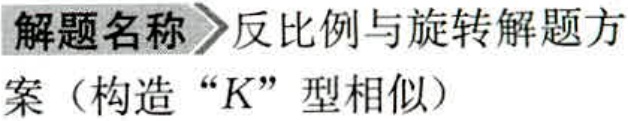
解题名称\(>\)反比例与旋转解题方
案（构造“\(K\)”型相似）